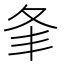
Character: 𡕗